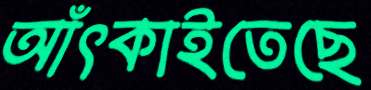
আঁৎকাইতেছে